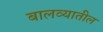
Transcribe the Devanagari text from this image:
बालव्यातील